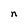
Character: n